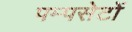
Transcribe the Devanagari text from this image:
पम्पसेटों